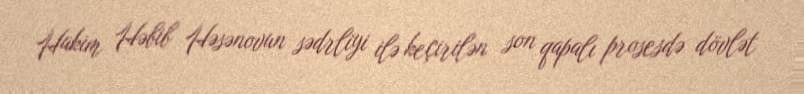
Hakim Həbib Həsənovun sədrliyi ilə keçirilən son qapalı prosesdə dövlət